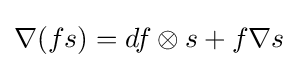
\nabla (fs)=df\otimes s+f\nabla s